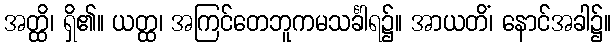
အတ္ထိ၊ ရှိ၏။ ယတ္ထ၊ အကြင်တေဘူကမသင်္ခါရ၌။ အာယတိံ၊ နောင်အခါ၌။